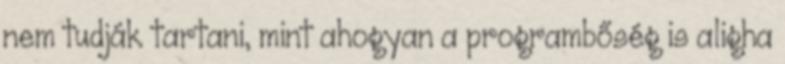
nem tudják tartani, mint ahogyan a programbőség is aligha